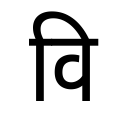
OCR:
वि